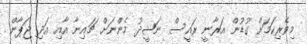
މިވެރިކަމަށް ގުޑުން އަރާނީ ރައީސް ނަޝީދު މެންނަށް ޗައިނާ އާއި އަދި ޖަޕާން